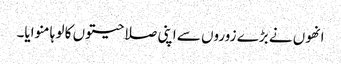
انھوں نے بڑے زوروں سے اپنی صلاحیتوں کا لو ہا منوایا۔